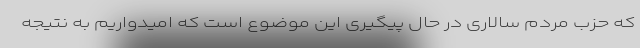
که حزب مردم سالاری در حال پیگیری این موضوع است که امیدواریم به نتیجه